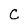
Character: C